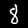
Label: 8